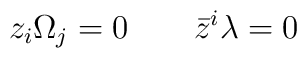
z_i \Omega _j = 0 \qquad \bar{z}^i \lambda  = 0